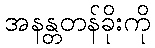
အနန္တတန်ခိုးကို